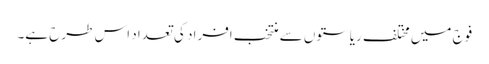
فوج میں مختلف ریاستوں سے منتخب افراد کی تعداد اس طرح ہے۔